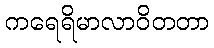
ကရေရိမာလာဝိတတာ